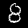
Label: 8